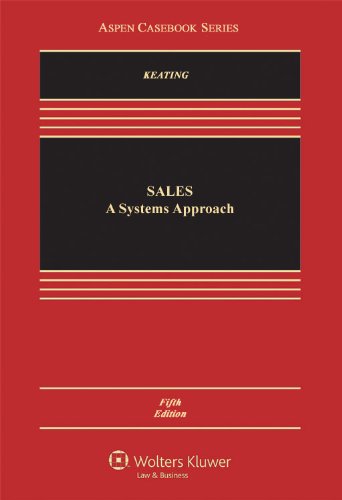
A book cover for Sales: A Systems Approach, Fifth Edition (Aspen Casebooks); Daniel L. Keating; Law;